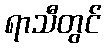
ရာသီတွင်